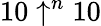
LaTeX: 10\uparrow^{n}10